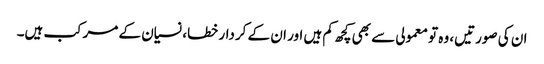
ان کی صورتیں، وہ تو معمولی سے بھی کچھ کم ہیں اور ان کے کردار خطا، نسیان کے مرکب ہیں۔